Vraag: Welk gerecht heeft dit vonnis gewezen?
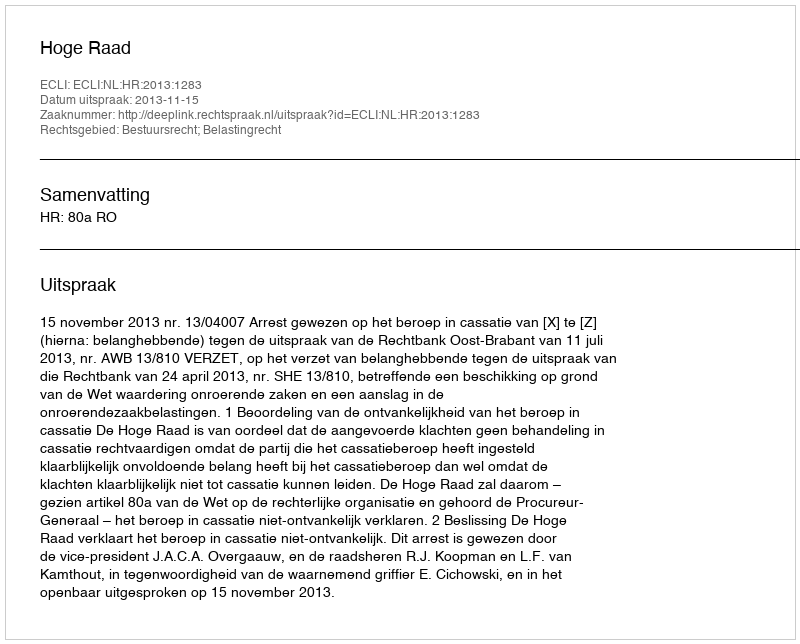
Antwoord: Hoge Raad